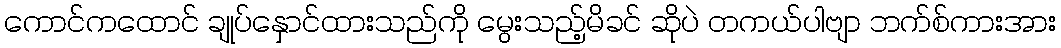
ကောင်ကထောင် ချုပ်နှောင်ထားသည်ကို မွေးသည့်မိခင် ဆိုပဲ တကယ်ပါဗျာ ဘက်စ်ကားအား